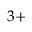
3 +